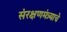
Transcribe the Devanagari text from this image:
संरक्षणमंत्र्याचे